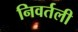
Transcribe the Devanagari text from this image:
निवर्तली